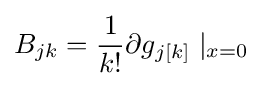
B_{jk}={\frac {1}{k!}}\partial g_{j[k]}\mid _{x=0}